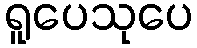
ရူပေသုပေ